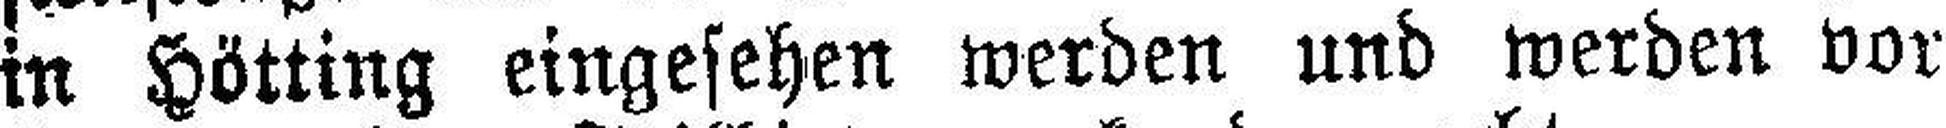
in Hötting eingesehen werden und werden vor